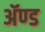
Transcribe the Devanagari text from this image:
ॲण्‍ड